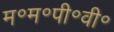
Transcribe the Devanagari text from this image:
म॰म॰पी॰वी॰